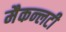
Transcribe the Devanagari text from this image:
मैकन्लटी